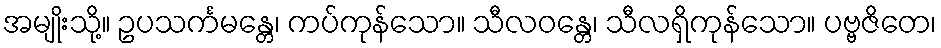
အမျိုးသို့။ ဥပသင်္ကမန္တေ၊ ကပ်ကုန်သော။ သီလဝန္တေ၊ သီလရှိကုန်သော။ ပဗ္ဗဇိတေ၊